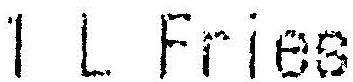
1 L FRIES